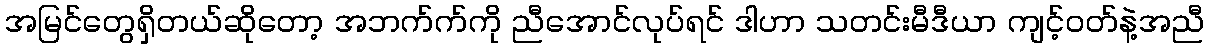
အမြင်တွေရှိတယ်ဆိုတော့ အဘက်က်ကို ညီအောင်လုပ်ရင် ဒါဟာ သတင်းမီဒီယာ ကျင့်ဝတ်နဲ့အညီ